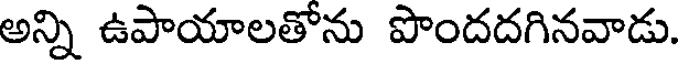
అన్ని ఉపాయాలతోను పొందదగినవాడు.